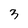
Character: 3